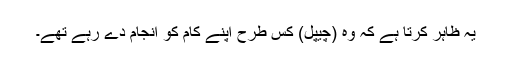
یہ ظاہر کرتا ہے کہ وہ (چیپل) کس طرح اپنے کام کو انجام دے رہے تھے۔